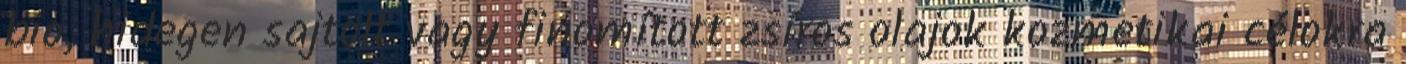
bio, hidegen sajtolt vagy finomított zsíros olajok kozmetikai célokra